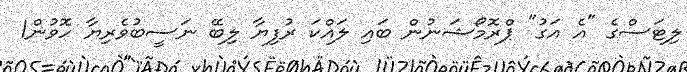
ލިޓަސްގެ "އެ އަގު" ޕްރޮމޯޝަނުން ބައި ލައްކަ ރުފިޔާ ލިބޭ ނަސީބުވެރިޔާ ހޮވުން1